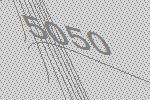
5050